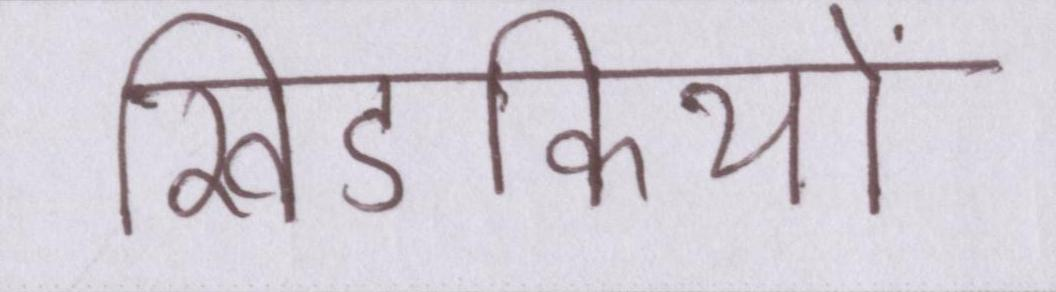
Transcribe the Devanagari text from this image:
खिडकियों